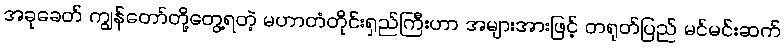
အခုခေတ် ကျွန်တော်တို့တွေ့ရတဲ့ မဟာတံတိုင်းရှည်ကြီးဟာ အများအားဖြင့် တရုတ်ပြည် မင်မင်းဆက်